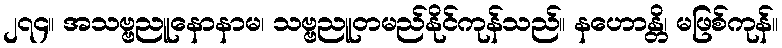
၂၇၄။ အသဗ္ဗညူနောနာမ၊ သဗ္ဗညူတမည်နိုင်ကုန်သည်။ နဟောန္တိ၊ မဖြစ်ကုန်။